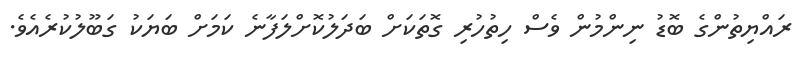
ރައްޔިތުންގެ ބޮޑު ނިންމުން ވެސް ހިތުހުރި ގޮތަކަށް ބަދަލުކޮށްލަފާނެ ކަމަށް ބަޔަކު ގަބޫލުކުރެއެވެ.